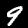
Digit: 9